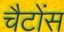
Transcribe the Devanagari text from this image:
चैटोंस